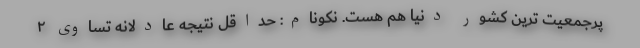
پرجمعیت ترین کشور دنیا هم هست. نکونام: حداقل نتیجه عادلانه تساوی ۲